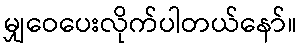
မျှဝေပေးလိုက်ပါတယ်နော်။